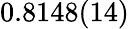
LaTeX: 0.8148(14)